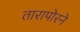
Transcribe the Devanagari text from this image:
तारापोरने